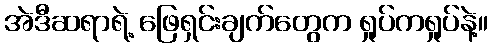
အဲဒီဆရာရဲ့ ဖြေရှင်းချက်တွေက ရှုပ်ကရှုပ်နဲ့။